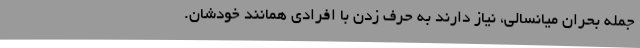
جمله بحران میانسالی، نیاز دارند به حرف زدن با افرادی همانند خودشان.